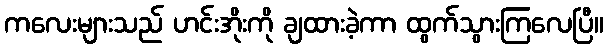
ကလေးများသည် ဟင်းအိုးကို ချထားခဲ့ကာ ထွက်သွားကြလေပြီ။